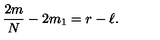
{ \frac { 2 m } { N } } - 2 m _ { 1 } = r - \ell .